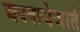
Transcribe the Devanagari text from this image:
अपनायेजाते